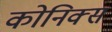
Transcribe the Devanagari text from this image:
कोनिक्स